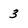
Character: 3